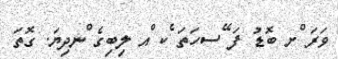
ވަރަ ްށ ބޮޑު ފަ ޭސހަތަ ެކ ްއ ލިބިގެ ްނދިޔަ. ގޮތަ